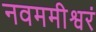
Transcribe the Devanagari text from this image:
नवममीश्वरं